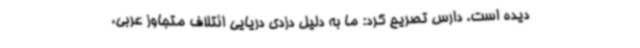
دیده است. دارس تصریح کرد: ما به دلیل دزدی دریایی ائتلاف متجاوز عربی،